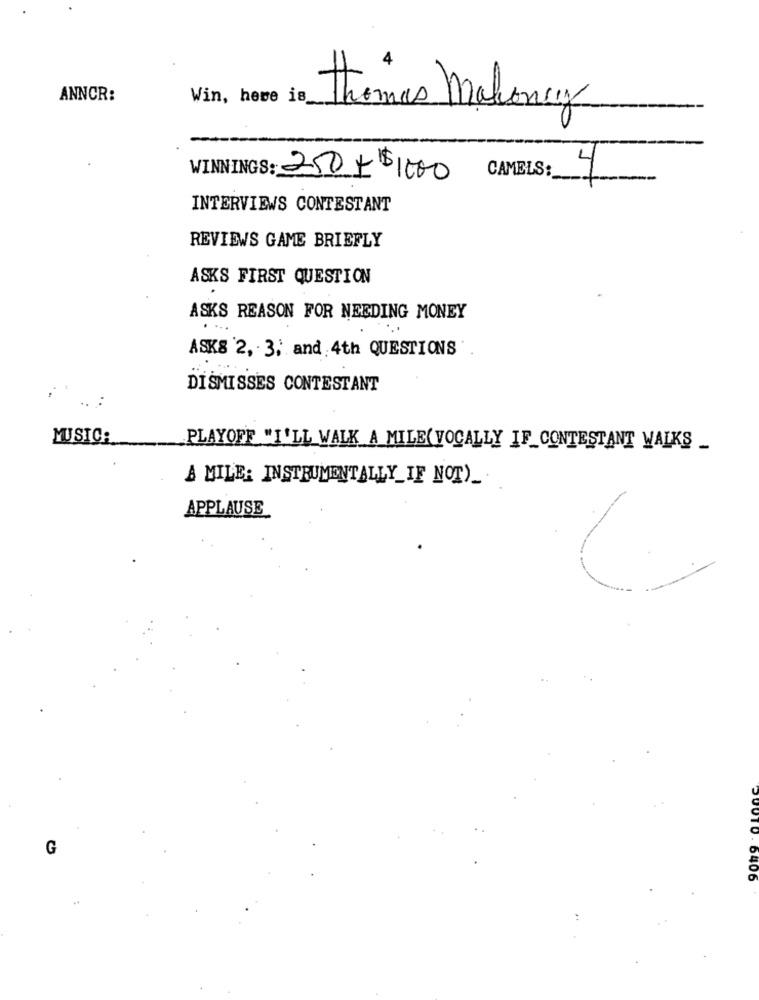
ANNCR:
Win, here is_
thomas mahoney
CAMELS:
WINNINGS: 250 + 15 1000
4
INTERVIEWS CONTESTANT
REVIEWS GAME BRIEFLY
ASKS FIRST QUESTION
ASKS REASON FOR NEEDING MONEY
ASKS '2, 3, and 4th QUESTIONS
DISMISSES CONTESTANT
MUSIC:
PLAYOFF "I'LL WALK A MILE( VOCALLY IF_CONTESTANT WALKS _
A MILE: INSTRUMENTALLY IF NOT)
APPLAUSE
G
20010 . 0406